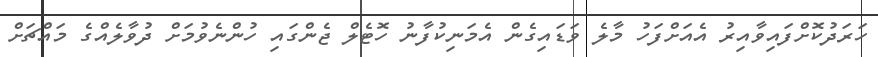
ހަރަދުކޮށްފައިވާއިރު އެއަށްފަހު މާލެ ވަޑައިގެން އެމަނިކުފާނު ހޮޓެލް ޖެންގައި ހުންނެވުމަށް ދުވާލެއްގެ މައްޗަށް